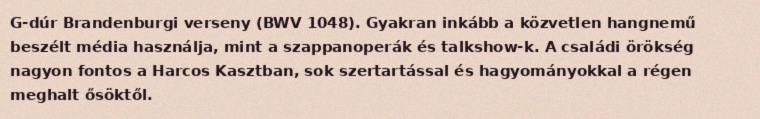
G-dúr Brandenburgi verseny (BWV 1048). Gyakran inkább a közvetlen hangnemű beszélt média használja, mint a szappanoperák és talkshow-k. A családi örökség nagyon fontos a Harcos Kasztban, sok szertartással és hagyományokkal a régen meghalt ősöktől.